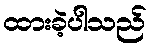
ထားခဲ့ပါသည်